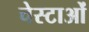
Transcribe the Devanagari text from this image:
चेस्टाओं